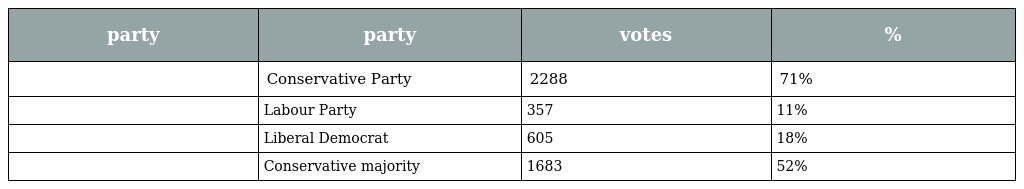
| party | party | votes | % |
 | --- | --- | --- | --- |
 |  | Conservative Party | 2288 | 71% |
 |  | Labour Party | 357 | 11% |
 |  | Liberal Democrat | 605 | 18% |
 |  | Conservative majority | 1683 | 52% |